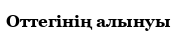
Оттегінің алынуы